画像に写った文字を読んでください
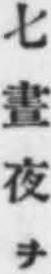
「七畫夜ヲ」と書いてあります